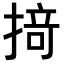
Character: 𢰤